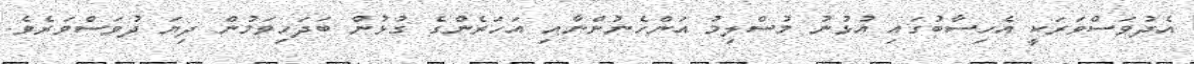
އެދުވަސްވަރަކީ އެހިސާބުގައި އުޅުނު މުސްލިމު އަންހެނުންނާއި އަހަރެންގެ ގުޅުން ބަދަހިވަމުން ދިޔަ ދުވަސްވަރެވެ.